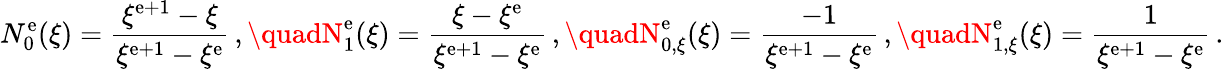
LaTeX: N_{0}^{\mathrm{e}}(\xi)=\frac{{\xi^{\mathrm{e}+1}-\xi}}{{\xi^{\mathrm{e}+1}-\xi^{\mathrm{e}}}}\, ,\quadN_{1}^{\mathrm{e}}(\xi)=\frac{{\xi-\xi^{\mathrm{e}}}}{{\xi^{\mathrm{e}+1}-\xi^{\mathrm{e}}}}\, ,\quadN_{0,\xi}^{\mathrm{e}}(\xi)=\frac{{-1}}{{\xi^{\mathrm{e}+1}-\xi^{\mathrm{e}}}}\, ,\quadN_{1,\xi}^{\mathrm{e}}(\xi)=\frac{{1}}{{\xi^{\mathrm{e}+1}-\xi^{\mathrm{e}}}}\, .